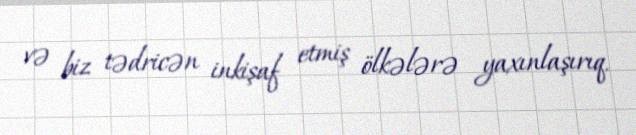
və biz tədricən inkişaf etmiş ölkələrə yaxınlaşırıq.